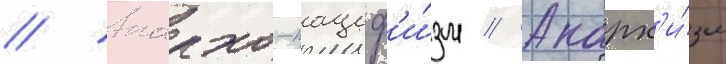
// Анархо-пациф'и́зм // Анарх'и́зм